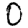
Digit: 0